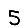
Digit: 5